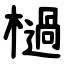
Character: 檛